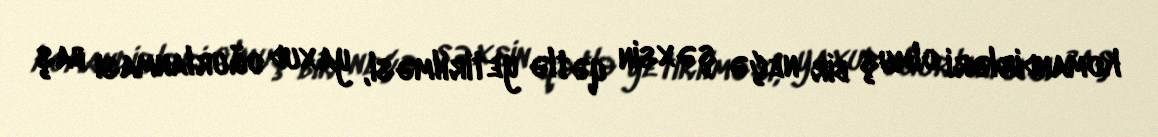
komandirləri olmuş bir neçə şəxsin qətlə yetirilməsi, yaxud oğurlanması baş